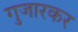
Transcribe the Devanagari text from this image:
गुजारकर